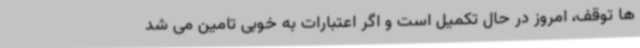
ها توقف، امروز در حال تکمیل است و اگر اعتبارات به خوبی تامین می شد